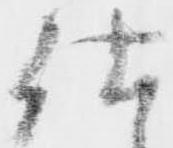
仕